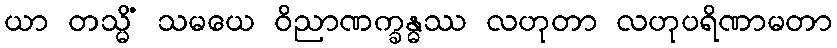
ယာ တသ္မိံ သမယေ ဝိညာဏက္ခန္ဓဿ လဟုတာ လဟုပရိဏာမတာ